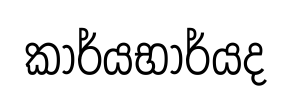
කාර්යභාර්යද